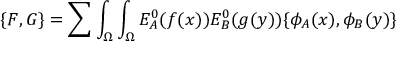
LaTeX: \{ F , G \} = \sum \int _ { \Omega } \int _ { \Omega } E _ { A } ^ { 0 } ( f ( x ) ) E _ { B } ^ { 0 } ( g ( y ) ) \{ \phi _ { A } ( x ) , \phi _ { B } ( y ) \}